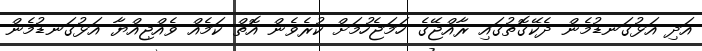
އަދި އަޅުގަނޑުމެން ދެކޭގޮތުގައި ރާއްޖޭގެ ހަމަޖެހުމަށް ކުރެވެން އޮތް ކަމެއް ވެއްޖިއްޔާ އަޅުގަނޑުމެން